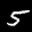
Label: 5